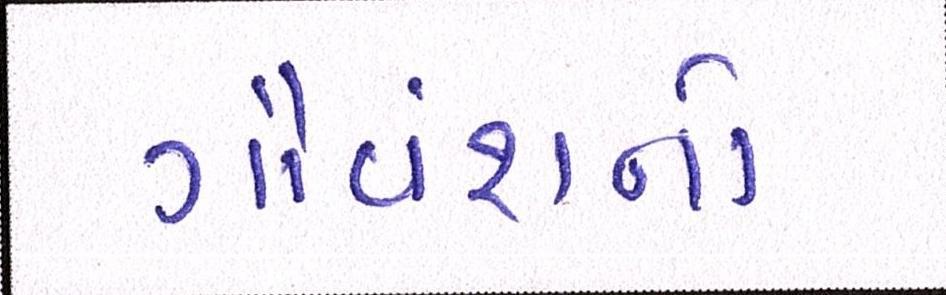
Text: ગૌવંશનો